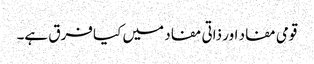
قومی مفاد اور ذاتی مفاد میں کیا فرق ہے۔